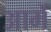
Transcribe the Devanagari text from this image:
आर्मे